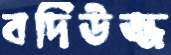
বদিউজ্জ